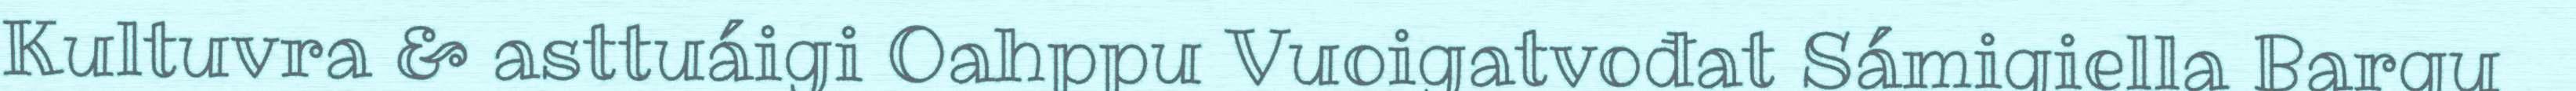
Kultuvra & asttuáigi Oahppu Vuoigatvođat Sámigiella Bargu